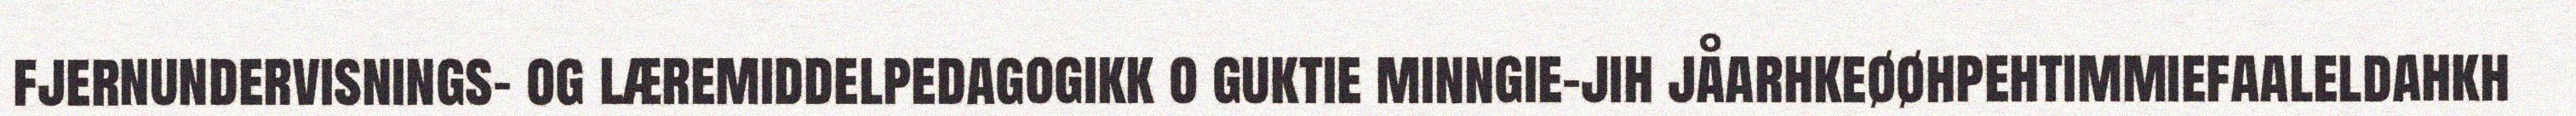
fjernundervisnings- og læremiddelpedagogikk o guktie minngie-jih jåarhkeøøhpehtimmiefaaleldahkh